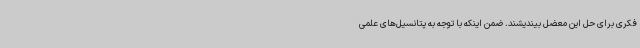
فکری برای حل این معضل بیندیشند. ضمن اینکه با توجه به پتانسیل‌های علمی